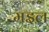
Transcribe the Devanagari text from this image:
मइल